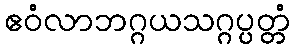
ဧဝံလာဘဂ္ဂယသဂ္ဂပ္ပတ္တံ